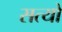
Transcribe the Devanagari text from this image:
सत्यो